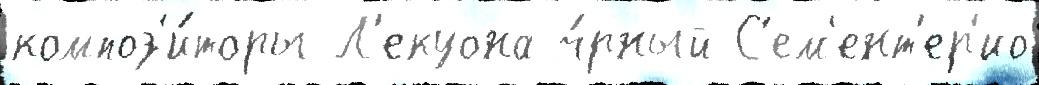
композ'и́торы Л'екуона ч́рный С'ем'ент'ер'ио